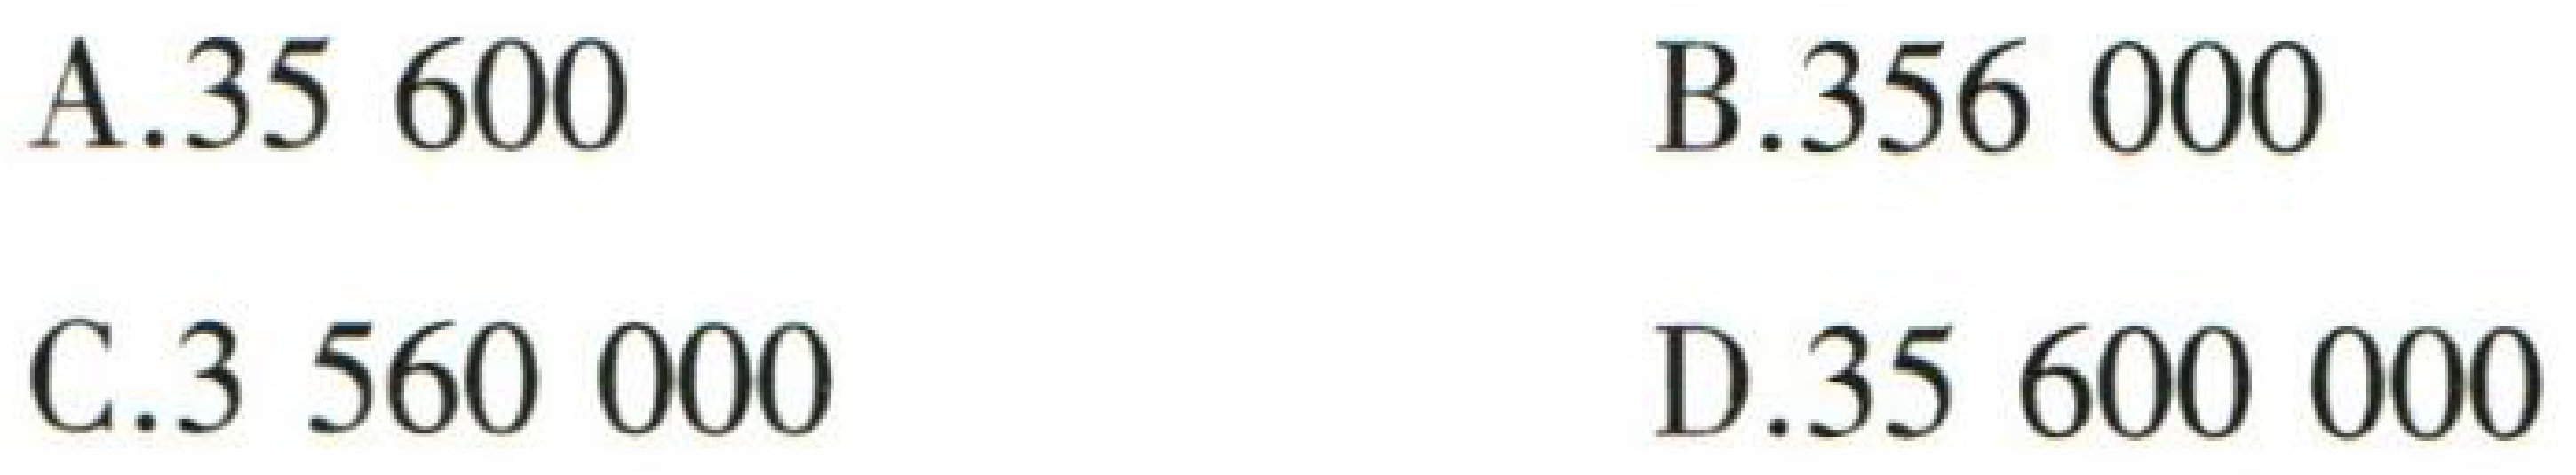
A.35 600
B.356 000
C.3 560 000
D.35 600 000